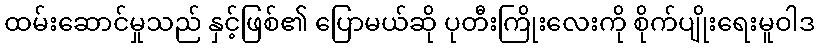
ထမ်းဆောင်မှုသည် နှင့်ဖြစ်၏ ပြောမယ်ဆို ပုတီးကြိုးလေးကို စိုက်ပျိုးရေးမူဝါဒ